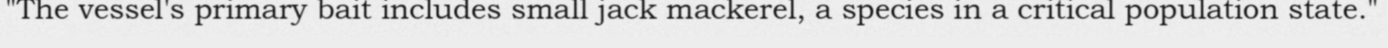
"The vessel's primary bait includes small jack mackerel, a species in a critical population state."